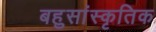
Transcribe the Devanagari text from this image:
बहुसांस्‍कृतिक